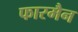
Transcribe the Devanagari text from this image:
फारमैन